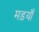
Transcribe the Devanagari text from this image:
मड़याँ